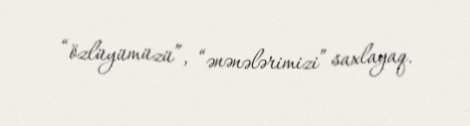
“özlüyümüzü”, “ənənələrimizi” saxlayaq.